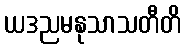
ယဒညမနုသာသတီတိ